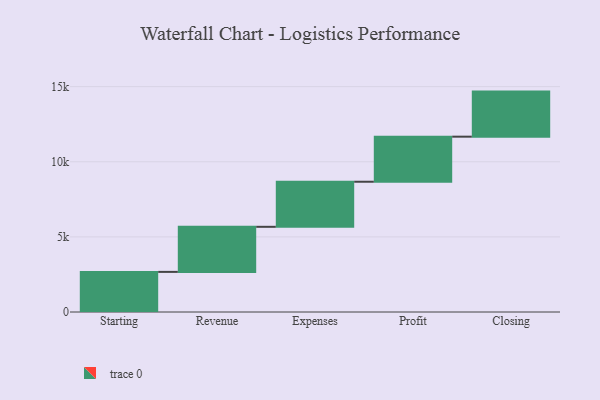
{"axis": {"x": "Step", "y": "Value"}, "legend": [""], "data": [{"x": "Starting", "y": 2670.0, "type": ""}, {"x": "Revenue", "y": 3000, "type": ""}, {"x": "Expenses", "y": 3000, "type": ""}, {"x": "Profit", "y": 3000, "type": ""}, {"x": "Closing", "y": 3000, "type": ""}]}